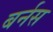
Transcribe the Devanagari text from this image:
बर्नस